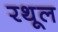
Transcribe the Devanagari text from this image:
रथूल